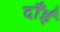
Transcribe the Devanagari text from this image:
दाँईं